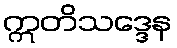
ဣတိသဒ္ဒေန